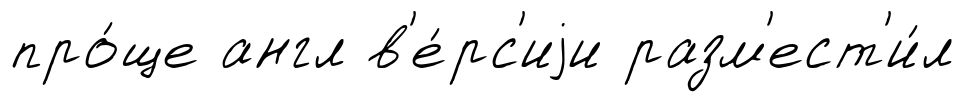
про́ще англ в'е́рс'иjи разм'ест'и́л